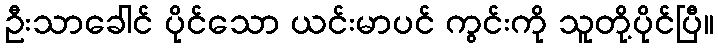
ဦးသာခေါင် ပိုင်သော ယင်းမာပင် ကွင်းကို သူတို့ပိုင်ပြီ။